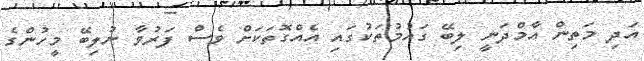
އަދި މަތިން އާމްދަނީ ލިބޭ ގައުމުތަކުގައި އެއްގޮަތަކަށް ވެސް ފަރުވާ ނުލިބޭ މީހުންގެ